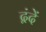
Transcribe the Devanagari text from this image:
द्वंदें